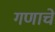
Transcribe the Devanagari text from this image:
गणाचे